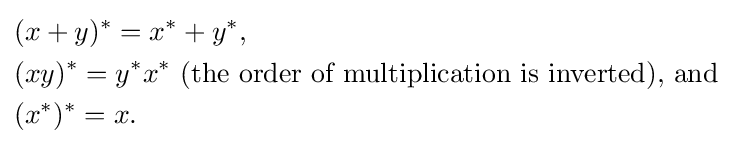
{\begin{aligned}&(x+y)^{*}=x^{*}+y^{*},\\&(xy)^{*}=y^{*}x^{*}{\text{ (the order of multiplication is inverted), and }}\\&(x^{*})^{*}=x.\end{aligned}}